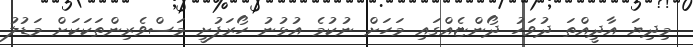
މިދިޔަ އާދީއްތަ ދުވަހު ދޯންޏެއްގައި މަހަށް ނުކުމެ އުޅުނު ހޯރަފުށީ މަސްވެރިންތަކަކަށް މަޑުލު